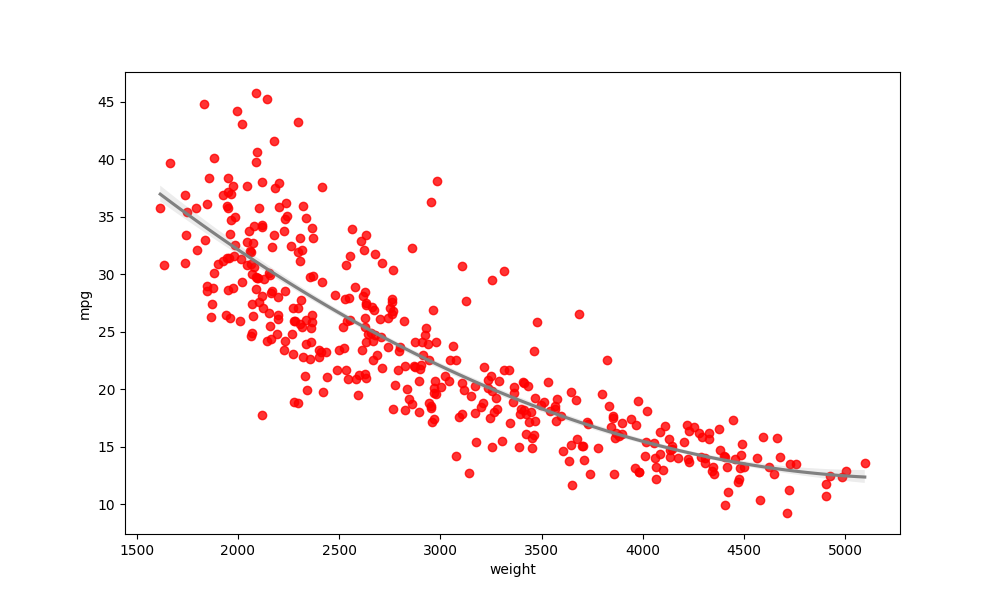
python, seaborn, regplot, order=2, ci=68, scatter_color=red, line_color=gray